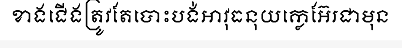
ខាងជើងត្រូវតែបោះបង់អាវុធនុយក្លេអ៊ែរជាមុន